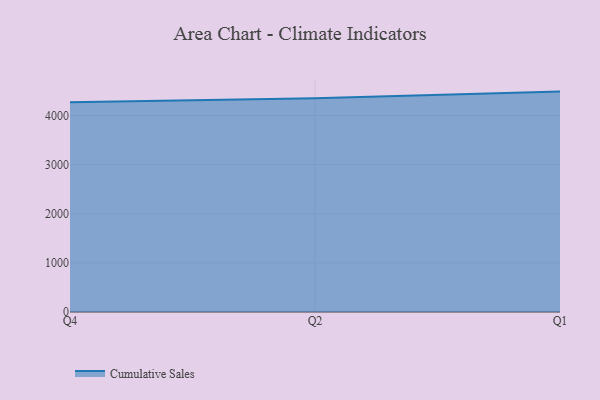
{"axis": {"x": "Quarter", "y": "Page Views"}, "legend": ["Cumulative Sales"], "data": [{"x": "Q4", "y": 4268.4, "type": "Cumulative Sales"}, {"x": "Q2", "y": 4353.3, "type": "Cumulative Sales"}, {"x": "Q1", "y": 4487.1, "type": "Cumulative Sales"}]}